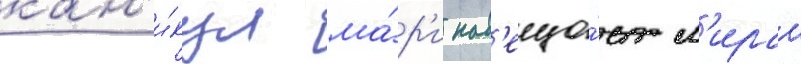
кан'и́кул ма́р'и нав'еща́ет м'ираи